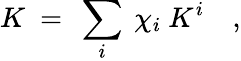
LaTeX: K\ =\ \sum_{i}\ \chi_{i}\ K^{i}\quad,